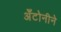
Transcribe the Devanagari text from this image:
अँटोनीने